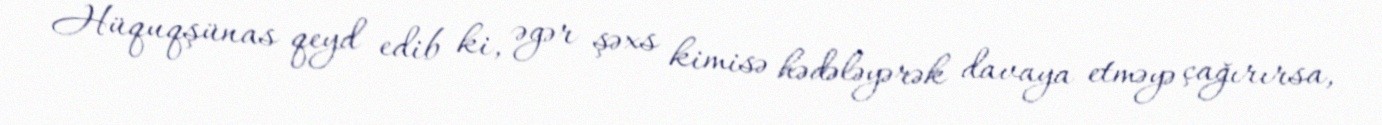
Hüquqşünas qeyd edib ki, əgər şəxs kimisə hədələyərək davaya etməyə çağırırsa,